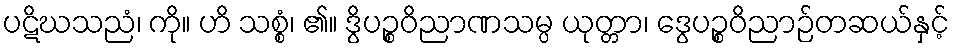
ပဋိဃသညံ၊ ကို။ ဟိ သစ္စံ၊ ၏။ ဒွိပဉ္စဝိညာဏသမ္ပ ယုတ္တာ၊ ဒွေပဉ္စဝိညာဉ်တဆယ်နှင့်